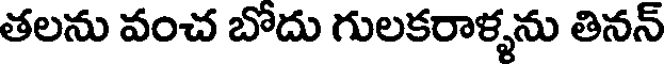
తలను వంచ బోదు గులకరాళ్ళను తినన్